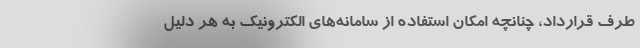
طرف قرارداد، چنانچه امکان استفاده از سامانه‌های الکترونیک به هر دلیل